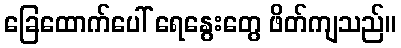
ခြေထောက်ပေါ် ရေနွေးတွေ ဖိတ်ကျသည်။